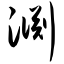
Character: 渊